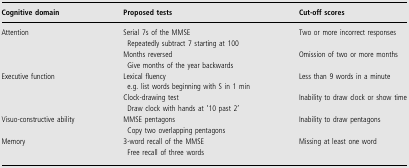
<table><thead><tr><td><b>Cognitive domain</b></td><td><b>Proposed tests</b></td><td><b>Cut-off scores</b></td></tr></thead><tbody><tr><td>Attention</td><td>Serial 7s of the MMSE Repeatedly subtract 7 starting at 100</td><td>Two or more incorrect responses</td></tr><tr><td></td><td>Months reversed Give months of the year backwards</td><td>Omission of two or more months</td></tr><tr><td>Executive function</td><td>Lexical fluency e.g. list words beginning with S in 1 min</td><td>Less than 9 words in a minute</td></tr><tr><td></td><td>Clock-drawing test Draw clock with hands at ‘10 past 2’</td><td>Inability to draw clock or show time</td></tr><tr><td>Visuo-constructive ability</td><td>MMSE pentagons Copy two overlapping pentagons</td><td>Inability to draw pentagons</td></tr><tr><td>Memory</td><td>3-word recall of the MMSE Free recall of three words</td><td>Missing at least one word</td></tr></tbody></table>